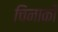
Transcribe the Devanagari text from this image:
चिनाकी